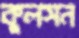
কুলসন